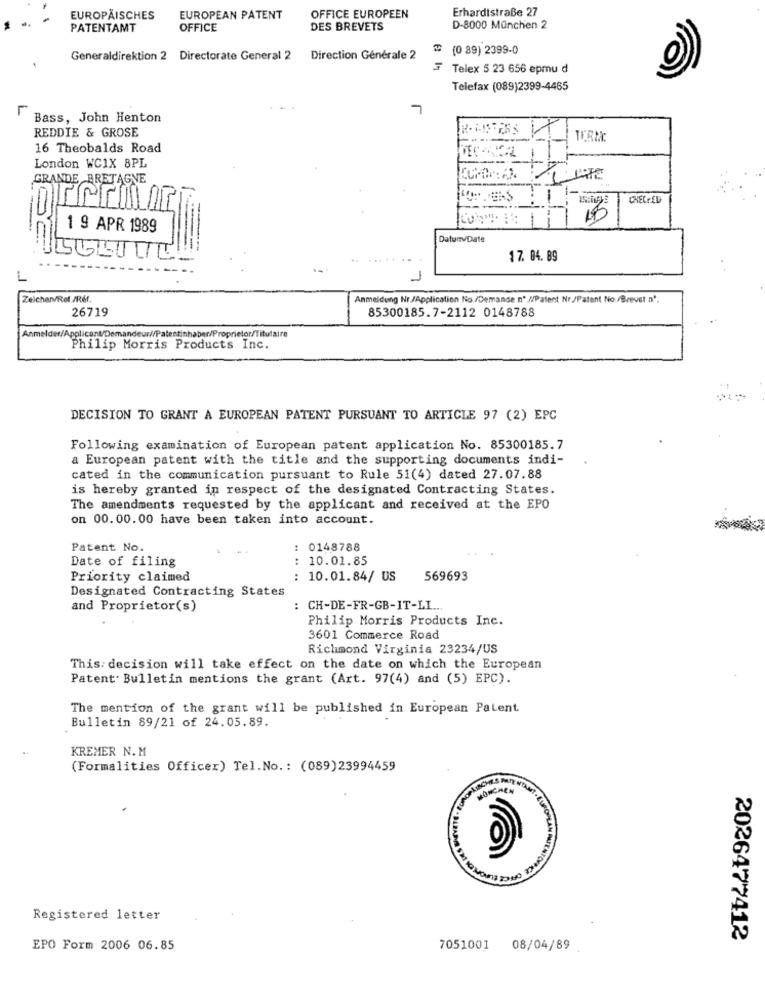
Erhardtstraße 27
EUROPÄISCHES
EUROPEAN PATENT
OFFICE EUROPEEN
PATENTAMT
OFFICE
DES BREVETS
D-8000 München 2
₡ (0 89) 2399-0
Generaldirektion 2 Directorate General 2
Direction Générale 2
៛ Telex 5 23 656 epmu d
Telefax (089)2399-4465
7
Bass, John Henton
REDDIE & GROSE
TERME
16 Theobalds Road
1
London WC1X 8PL
GRANDE BRETAGNE
CHELAED
10
1 9 APR 1989
DatunvDate
17. 04. 89
Zeichen/Ret /Réf
Anmeldung Nr./Application No./Demande nº.//Patent Nr./Patent No./Brevet a'.
26719
85300185.7-2112 0148788
Philip Morris Products Inc.
DECISION TO GRANT A EUROPEAN PATENT PURSUANT TO ARTICLE 97 (2) EPC
Following examination of European patent application No. 85300185.7
a European patent with the title and the supporting documents indi-
cated in the communication pursuant to Rule 51(4) dated 27.07.88
is hereby granted in respect of the designated Contracting States.
The amendments requested by the applicant and received at the EPO
on 00.00.00 have been taken into account.
Patent No.
: 0148788
Date of filing
: 10.01.85
Priority claimed
: 10.01.84/ US
569693
Designated Contracting States
and Proprietor(s)
: CH-DE-FR-GB-IT-LI ...
Philip Morris Products Inc.
3601 Commerce Road
Richmond Virginia 23234/US
This: decision will take effect on the date on which the European
Patent. Bulletin mentions the grant (Art. 97(4) and (5) EPC).
The mention of the grant will be published in European Patent
Bulletin 89/21 of 24.05.89.
KREMER N.M
(Formalities Officer) Tel. No .: (089)23994459
MONCHEN
TOMMY . LUPOSE
Registered letter
2026477412
EPO Form 2006 06.85
7051001
08/04/89